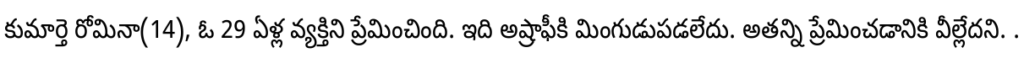
కుమార్తె రోమినా(14), ఓ 29 ఏళ్ల వ్యక్తిని ప్రేమించింది. ఇది అష్రాఫీకి మింగుడుపడలేదు. అతన్ని ప్రేమించడానికి వీల్లేదని. .